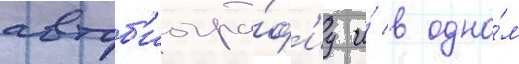
автоб'иогра́ф'иу и́ в одно́м